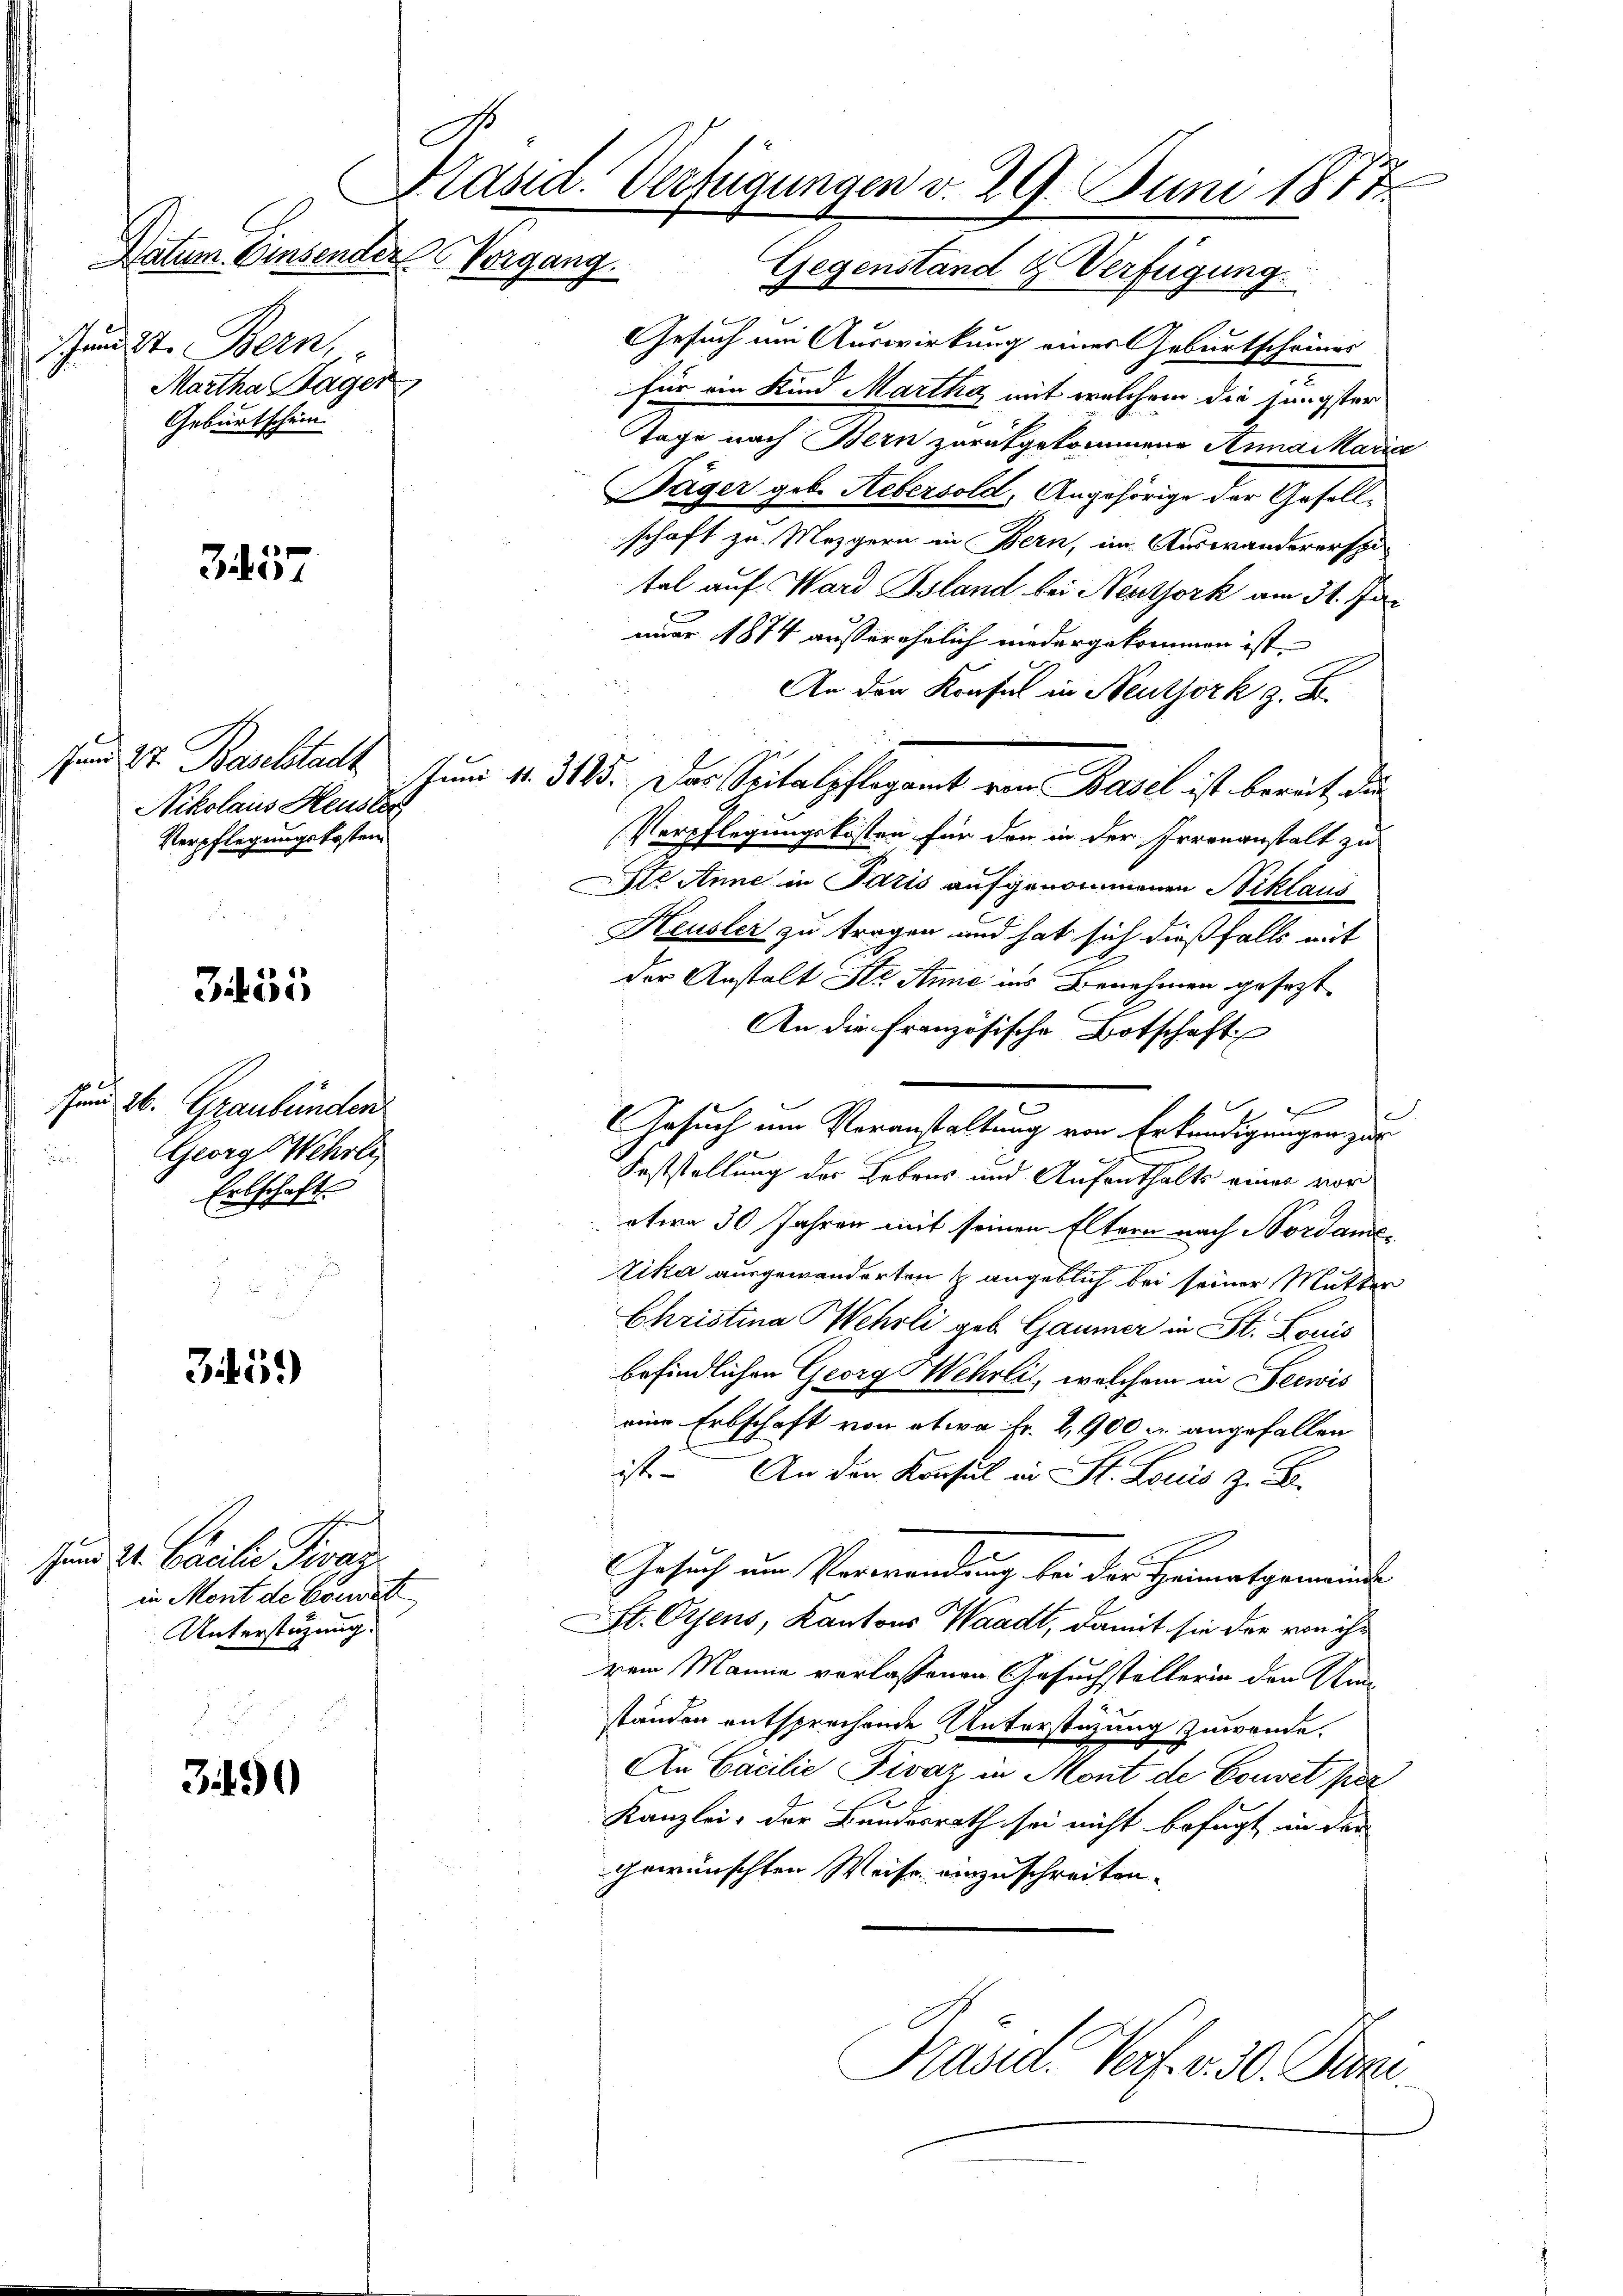
Schen St. Bern,
Martha Sager
Geburtschein

3457

Nikolaus Heusler
Verpflegungskosten.

355

f x
se 26. Graubünden
GGeorg Wehrli
Ertschaft

359)

Hund dh. Camilie Tiraz
in Mont de Corsatz
Unterstützung.

349

C
Präsid. Verfügungen v. 29. Juni 1878
Datum Einsender Vorgang. Gegenständ & Verfügung.

Gesuch um Auswirkung eines Geburtscheines
für ein Kind Martha mit welchem die jüngster
Tage nach Bern zurükgekommene Anna Maria
Jäger geb. Aebersold, Angehörige der Gesellschaft zu Mezgern in Bern, im Auswandererspi-
tel auf Ward Bsland bei Neuthork am 31. Jan
nuar 1874 ausserehrlich niedergekommen ist. |
An der Konsul in Neuthork z. B.
sem St. Paulstadt Juni 11. 315. Das Spitalpflegamt von Basel ist bereit, dies
Verpflegungskosten für den in der Irrenanstalt zu
t Anne in Paris aufgenommenen Niklaus
Heusler zu tragen und hat sich dießfalls mit
der Anstalt Ste Anne ins Benehmen gesezt
An die französische Botschaft

s
Gesuch um Veranstaltung von Erkundigungen zur
Feststellung der Bebaus und Aufenthalts einer vor
etwa 30 Jahren mit seinen Eltern nach Nordamo¬
Zika ausgewanderten & angeblich bei seiner Mutter
Christina Pehrli geb. Gaumer in St. Louis
befindlichen Georg Wehrli, welchem in Seewis
eine Erbschaft von etwa Fr. 2,900 u. angefallen
ist. - An den Konsul in St. Locus z. B.
Gesuch um Verwendung bei der Heimatgemeinde
St. Osens, Kantons Waadt, damit sie der von ihr
rem Manne verlassenen Gesuchstellerin den Anständen entsprechende Unterstüzung zuwende.
An Cacilie Fivaz in Mont de Convit per
Kanzlei: der Bundesrath sei nicht befugt in der
gewünschten Weise einzuschreiten.
Präsid. Verf. v. 30. Juni.